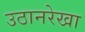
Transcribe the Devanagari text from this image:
उठानरेखा